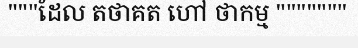
"""ដែល តថាគត ហៅ ថាកម្ម """""""